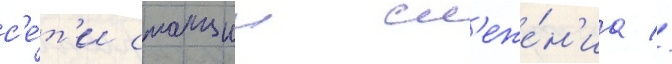
с'е́т'и станции сл'еже́н'иа //